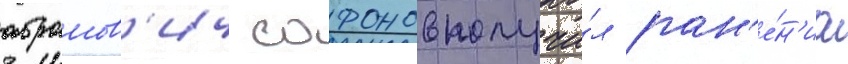
абрамов'ич сафонов получи́л ран'е́н'иа